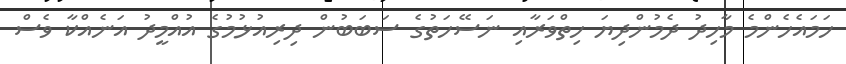
ހަމައެހެންމެ މާހިދު ދެމުންދިޔަ ހިތްވަރާއި ނަސޭހަތުގެ ސަބަބުން ދިރިއުޅުމުގެ އުއްމީދު އަނެއްކާ ވެސް